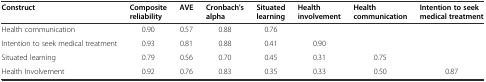
<table><thead><tr><td><b>Construct</b></td><td><b>Composite reliability</b></td><td><b>AVE</b></td><td><b>Cronbach&#x27;s alpha</b></td><td><b>Situated learning</b></td><td><b>Health involvement</b></td><td><b>Health communication</b></td><td><b>Intention to seek medical treatment</b></td></tr></thead><tbody><tr><td>Health communication</td><td>0.90</td><td>0.57</td><td>0.88</td><td>0.76</td><td></td><td></td><td></td></tr><tr><td>Intention to seek medical treatment</td><td>0.93</td><td>0.81</td><td>0.88</td><td>0.41</td><td>0.90</td><td></td><td></td></tr><tr><td>Situated learning</td><td>0.79</td><td>0.56</td><td>0.70</td><td>0.45</td><td>0.31</td><td>0.75</td><td></td></tr><tr><td>Health Involvement</td><td>0.92</td><td>0.76</td><td>0.83</td><td>0.35</td><td>0.33</td><td>0.50</td><td>0.87</td></tr></tbody></table>